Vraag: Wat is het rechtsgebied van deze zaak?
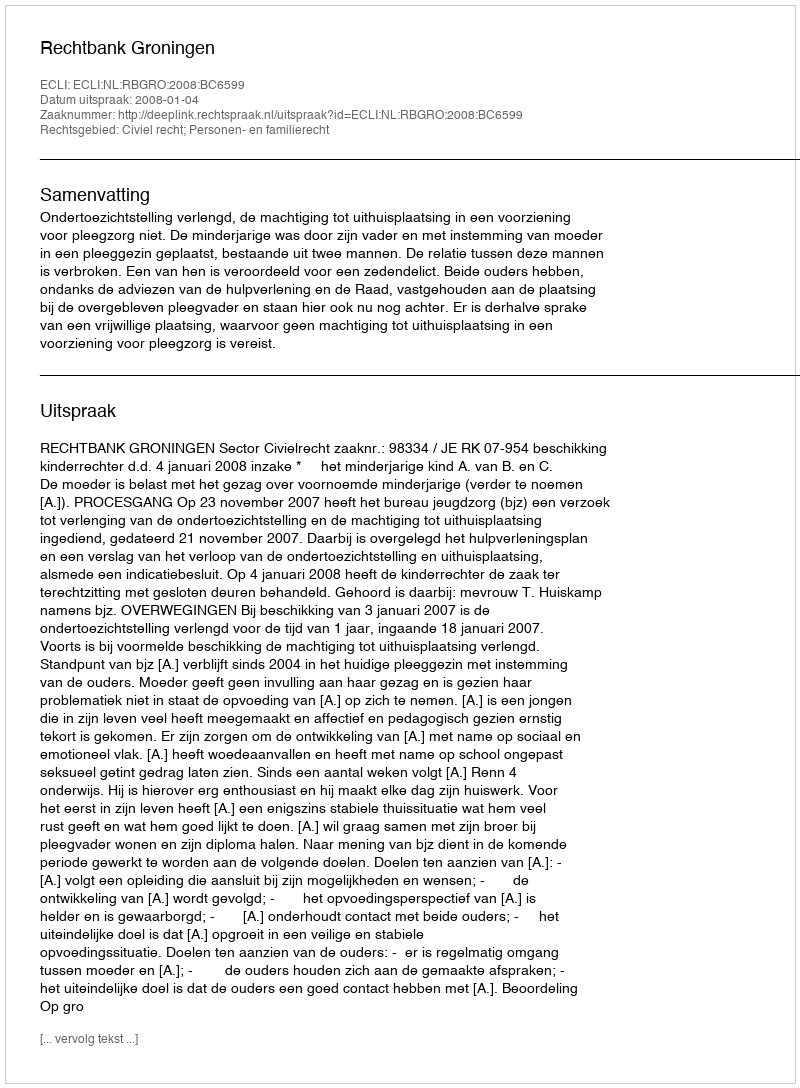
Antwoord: Civiel recht; Personen- en familierecht